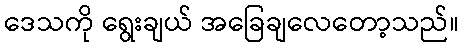
ဒေသကို ရွေးချယ် အခြေချလေတော့သည်။